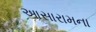
આસારામના